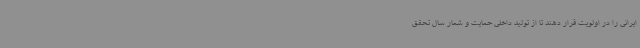
ایرانی را در اولویت قرار دهند تا از تولید داخلی حمایت و شعار سال تحقق